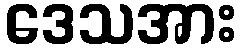
ဒေသအား